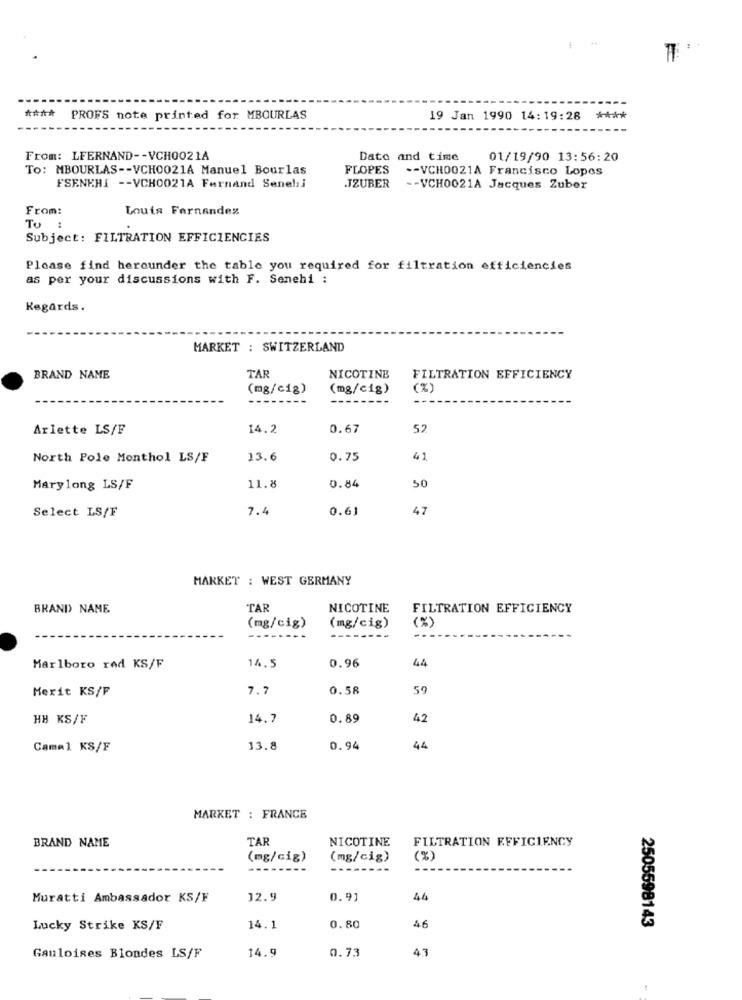
PROFS note printed for MBOURLAS
19 Jan 1990 14:19:28
****
From: LFERNAND -- VCH0021A
Date and time 01/19/90 13:56:20
To: MBOURLAS -- VCH0021A Manuel Bourlas
FLOPES
-- VCHO021A Francisco Lopes
FSENKHI -- VCH0021A Fernand Senehi
JZUBER -- VCH0021A Jacques Zuber
From:
Louis Fernandez
To :
Subject: FILTRATION EFFICIENCIES
Please find hereunder the table you required for filtration efficiencies
as per your discussions with F. Senehi :
Regards.
MARKET : SWITZERLAND
BRAND NAME
TAR
NICOTINE
FILTRATION EFFICIENCY
(mg/cig)
(mg/cig)
(%)
Arlette LS/F
14.2
0.67
52
North Pole Monthol LS/F
13.6
0.75
41
Mary long LS/F
11.8
0.84
50
Select LS/F
7.4
0.61
47
MARKET : WEST GERMANY
BRAND NAME
TAR
NICOTINE
FILTRATION EFFICIENCY
(mg/cig)
(mg/cig)
(%)
----
14.5
Marlboro red KS/F
0.96
44
Merit KS/F
7.7
0.58
59
HB KS/F
14.7
0.89
42
Cama1 KS/F
13.8
0.94
44
MARKET : FRANCE
BRAND NAME
TAR
NICOTINE
FILTRATION EFFICIENCY
(mg/cig)
(mg/cig)
(%)
Muratti Ambassador KS/F
12.9
0.91
44
Lucky Strike KS/F
14.1
0.80
46
2505598143
14.9
0.73
43
Gauloises Blondes LS/F